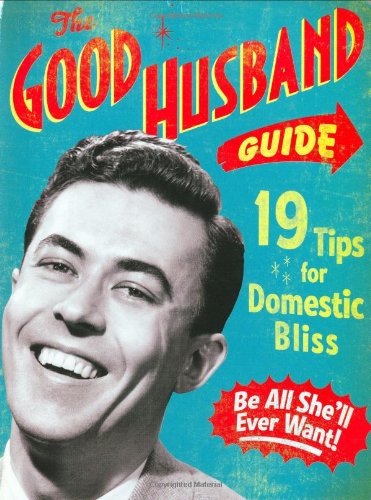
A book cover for The Good Husband Guide: 19 Tips for Domestic Bliss; Ladies' Homemaker Monthly; Humor & Entertainment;